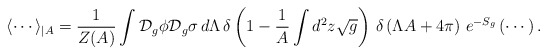
\begin{align*}\langle \cdots \rangle _{\mid A}= \frac{1}{Z(A)}\int \mbox{$\cal{D}$}_{g}\phi\mbox{$\cal{D}$}_{g}\sigma \, d\Lambda \,\delta \left( 1-\frac{1}{A}\int d^{2}z\sqrt{g}\right) \, \delta \left( \Lambda A+4\pi \right) \, e^{-S_{g}}\left( \cdots \right) .\end{align*}